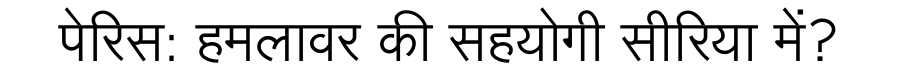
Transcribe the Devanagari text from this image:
पेरिस: हमलावर की सहयोगी सीरिया में?